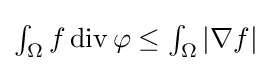
{\textstyle \int _{\Omega }f\operatorname {div} \mathbf {\varphi } \leq \int _{\Omega }\left|\nabla f\right|}